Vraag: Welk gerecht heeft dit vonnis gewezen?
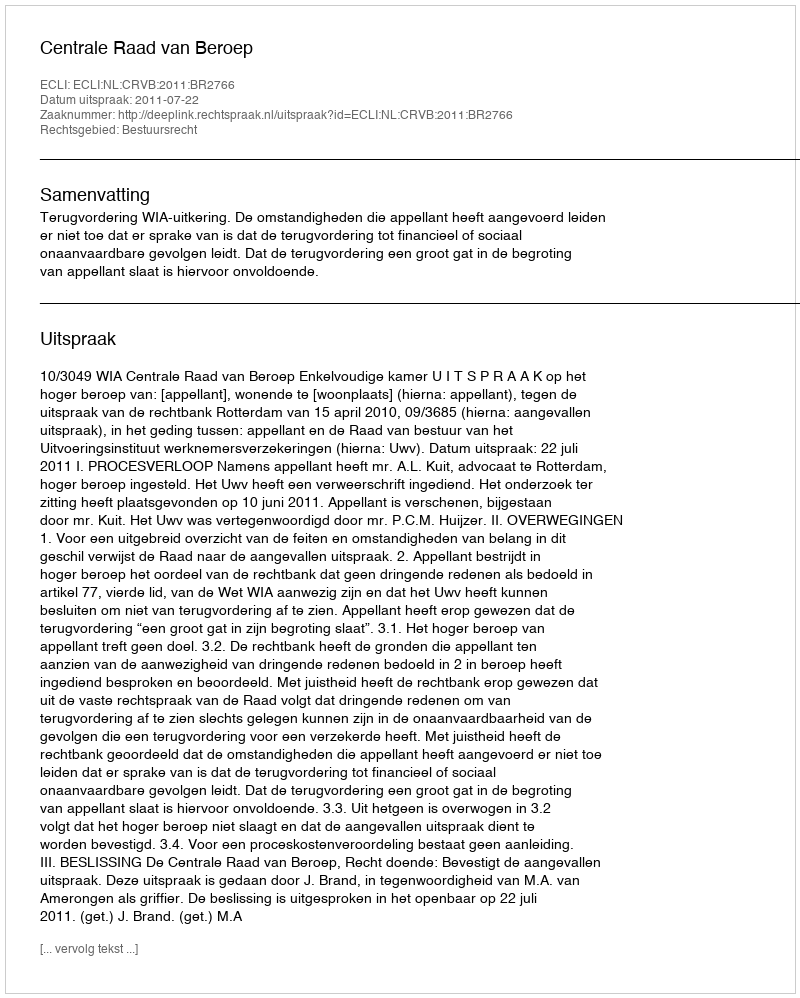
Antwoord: Centrale Raad van Beroep